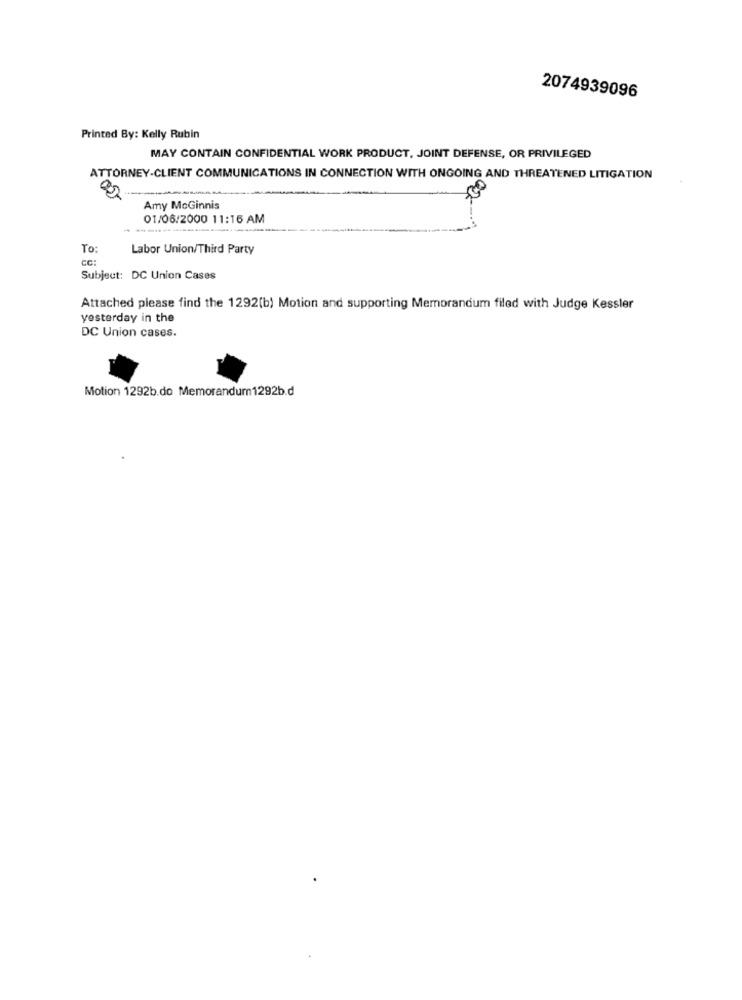
2074939096
Printed By: Kelly Rubin
MAY CONTAIN CONFIDENTIAL WORK PRODUCT, JOINT DEFENSE, OR PRIVILEGED
ATTORNEY-CLIENT COMMUNICATIONS IN CONNECTION WITH ONGOING AND THREATENED LITIGATION
Amy McGinnis
01/06/2000 11:16 AM
To:
Labor Union/Third Party
CC:
Subject: DC Union Cases
Attached please find the 1292(b) Motion and supporting Memorandum filed with Judge Kessler
yesterday in the
DC Union cases.
Motion 1292b.do Memorandum1292b.d